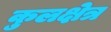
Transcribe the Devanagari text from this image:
कुलक्षेत्र